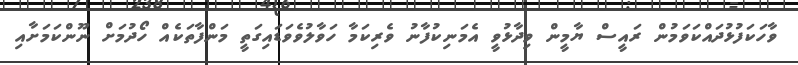
ވާހަކަފުޅުދައްކަވަމުން ރައީސް ޔާމީން ވިދާޅުވީ އެމަނިކުފާނު ވެރިކަމާ ހަވާލުވެވަޑައިގަތީ މަންފާތަކެއް ހޯދުމަށް ނޫންކަމަށާއި